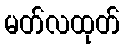
မတ်လထုတ်